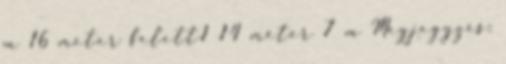
m 16 méter felett1 14 méter 7 m Megjegyzés: